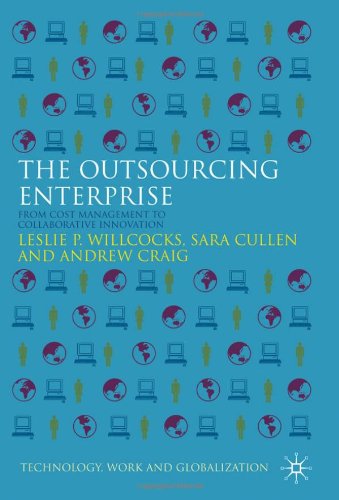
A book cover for The Outsourcing Enterprise: From Cost Management to Collaborative Innovation (Technology, Work and Globalization); Leslie P. Willcocks; Business & Money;